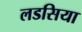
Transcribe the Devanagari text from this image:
लडसिया